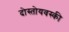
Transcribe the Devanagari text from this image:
दोस्तोयवस्की